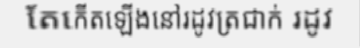
តែកើតឡើងនៅរដូវត្រជាក់ រដូវ